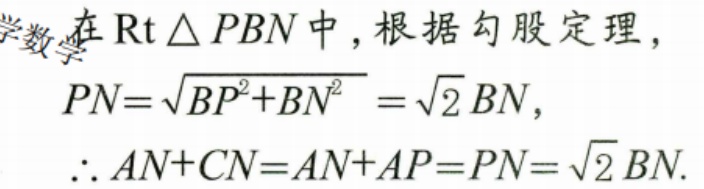
在\(\text{Rt}\triangle PBN\)中，根据勾股定理，
\(PN = \sqrt{BP^{2} + BN^{2}}=\sqrt{2}BN\)，
\(\therefore AN + CN=AN + AP = PN=\sqrt{2}BN\).